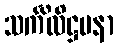
သင်္ကိလိဋ္ဌမနာ